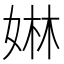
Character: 㛦